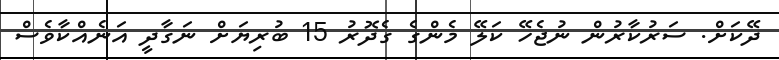
ދޭކަށް. ސަރުކާރުން ނުޖެހޭ ކަލޭ މެންގެ ގެދޮރު 15 ބުރިޔަށް ނަގާދީ އަނެއްކާވެސް